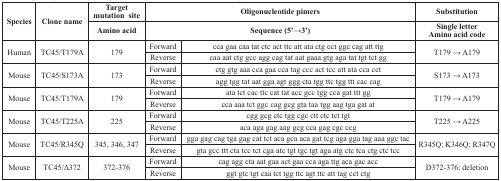
<table><thead><tr><td rowspan="2"><b>Species</b></td><td rowspan="2"><b>Clone name</b></td><td><b>Target mutation site</b></td><td colspan="2"><b>Oligonucleotide pimers</b></td><td><b>Substitution</b></td></tr><tr><td><b>Amino acid</b></td><td colspan="2"><b>Sequence (5&#x27;→3&#x27;)</b></td><td><b>Single letterAmino acid code</b></td></tr></thead><tbody><tr><td rowspan="2">Human</td><td rowspan="2">TC45/T179A</td><td rowspan="2">179</td><td>Forward</td><td>cca gaa caa tat ctc act ttc att ata ctg cct ggc cag att ttg</td><td rowspan="2">T179 → A179</td></tr><tr><td>Reverse</td><td>caa aat ctg gcc agg cag tat aat gaaa gtg aga tat tgt tct gg</td></tr><tr><td rowspan="2">Mouse</td><td rowspan="2">TC45/S173A</td><td rowspan="2">173</td><td>Forward</td><td>ctg gtg aaa cca gaa cca tag ccc act tcc att ata cca cct</td><td rowspan="2">S173 → A173</td></tr><tr><td>Reverse</td><td>agg tgg tat aat gga agt ggg cta tgg ttc tgg ttt cac cag</td></tr><tr><td rowspan="2">Mouse</td><td rowspan="2">TC45/T179A</td><td rowspan="2">179</td><td>Forward</td><td>ata tct cac ttc cat tat acc gcc tgg cca gat ttt gg</td><td rowspan="2">T179 → A179</td></tr><tr><td>Reverse</td><td>cca aaa tct ggc cag gcg gta taa tgg aag tga gat at</td></tr><tr><td rowspan="2">Mouse</td><td rowspan="2">TC45/T225A</td><td rowspan="2">225</td><td>Forward</td><td>cgg gcg ctc tgg cgc ctt ctc tct tgt</td><td rowspan="2">T225 → A225</td></tr><tr><td>Reverse</td><td>aca aga gag aag gcg cca gag cgc ccg</td></tr><tr><td rowspan="2">Mouse</td><td rowspan="2">TC45/R345Q</td><td rowspan="2">345, 346, 347</td><td>Forward</td><td>gga gag cag tga gag cat tct aca gca aca gat tcg aga gga tag aaa ggc tac</td><td rowspan="2">R345Q; K346Q; R347Q</td></tr><tr><td>Reverse</td><td>gta gcc ttt cta tcc tct cga atc tgt tgc tgt aga atg ctc tca ctg ctc tcc</td></tr><tr><td rowspan="2">Mouse</td><td rowspan="2">TC45/Δ372</td><td rowspan="2">372-376</td><td>Forward</td><td>cag agg cta aat gaa act gaa cca aga ttg aca gac acc</td><td rowspan="2">D372-376: deletion</td></tr><tr><td>Reverse</td><td>ggt gtc tgt caa tct tgg ttc agt ttc att tag cct ctg</td></tr></tbody></table>